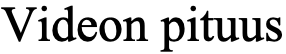
Videon pituus